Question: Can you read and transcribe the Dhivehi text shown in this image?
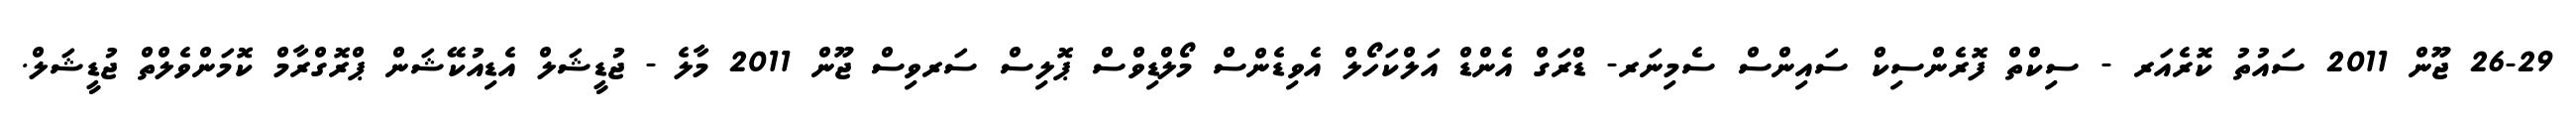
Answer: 26-29 ޖޫން 2011 ސައުތު ކޮރެއަރ - ސިކްތް ފޮރެންސިކް ސައިންސް ސެމިނަރ- ޑްރަގް އެންޑް އަލްކަހޯލް އެވިޑެންސް މޯލްޑިވްސް ޕޮލިސް ސަރވިސް ޖޫން 2011 މާލެ - ޖުޑީޝަލް އެޑިއުކޭޝަން ޕްރޮގްރާމް ކޮމަންވެލްތް ޖުޑީޝަލް.